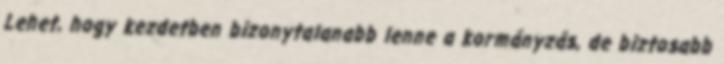
Lehet, hogy kezdetben bizonytalanabb lenne a kormányzás, de biztosabb